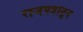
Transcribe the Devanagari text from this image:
राजपत्रातून